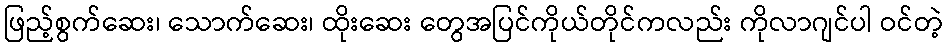
ဖြည့်စွက်ဆေး၊ သောက်ဆေး၊ ထိုးဆေး တွေအပြင်ကိုယ်တိုင်ကလည်း ကိုလာဂျင်ပါ ဝင်တဲ့